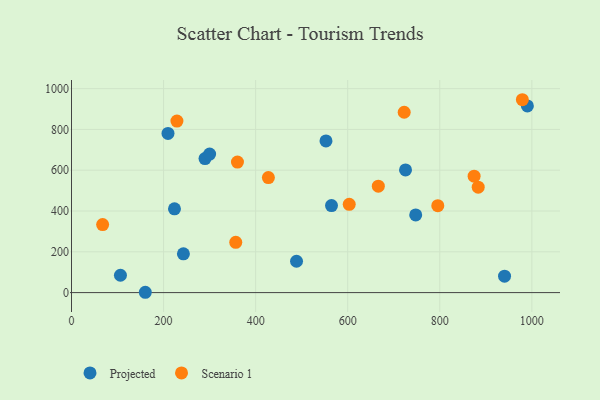
{"axis": {"x": "Study Hours", "y": "Demand"}, "legend": ["Projected", "Scenario 1"], "data": [{"x": "243.1", "y": 189.9, "type": "Projected"}, {"x": "290.0", "y": 657.0, "type": "Projected"}, {"x": "209.6", "y": 780.5, "type": "Projected"}, {"x": "106.3", "y": 85.0, "type": "Projected"}, {"x": "223.7", "y": 410.5, "type": "Projected"}, {"x": "990.3", "y": 914.9, "type": "Projected"}, {"x": "160.3", "y": 1.6, "type": "Projected"}, {"x": "552.8", "y": 743.4, "type": "Projected"}, {"x": "940.7", "y": 80.7, "type": "Projected"}, {"x": "747.7", "y": 380.7, "type": "Projected"}, {"x": "725.6", "y": 601.2, "type": "Projected"}, {"x": "300.0", "y": 679.0, "type": "Projected"}, {"x": "564.8", "y": 426.8, "type": "Projected"}, {"x": "488.8", "y": 153.6, "type": "Projected"}, {"x": "883.5", "y": 516.6, "type": "Scenario 1"}, {"x": "360.5", "y": 640.0, "type": "Scenario 1"}, {"x": "666.5", "y": 521.7, "type": "Scenario 1"}, {"x": "874.6", "y": 570.6, "type": "Scenario 1"}, {"x": "795.7", "y": 426.0, "type": "Scenario 1"}, {"x": "356.8", "y": 246.5, "type": "Scenario 1"}, {"x": "979.4", "y": 945.5, "type": "Scenario 1"}, {"x": "722.7", "y": 884.2, "type": "Scenario 1"}, {"x": "427.7", "y": 564.0, "type": "Scenario 1"}, {"x": "67.6", "y": 333.5, "type": "Scenario 1"}, {"x": "229.0", "y": 841.0, "type": "Scenario 1"}, {"x": "603.3", "y": 432.9, "type": "Scenario 1"}]}